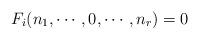
LaTeX: \begin{align*}F_i (n_1,\cdots ,0,\cdots, n_r) = 0\end{align*}